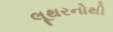
લૂથરનોથી